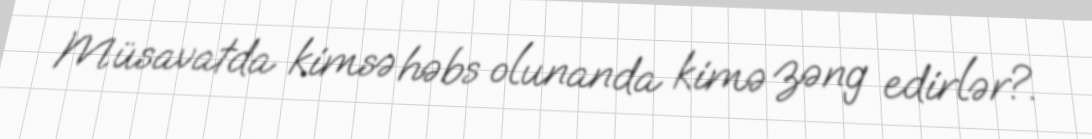
Müsavatda kimsə həbs olunanda kimə zəng edirlər?.